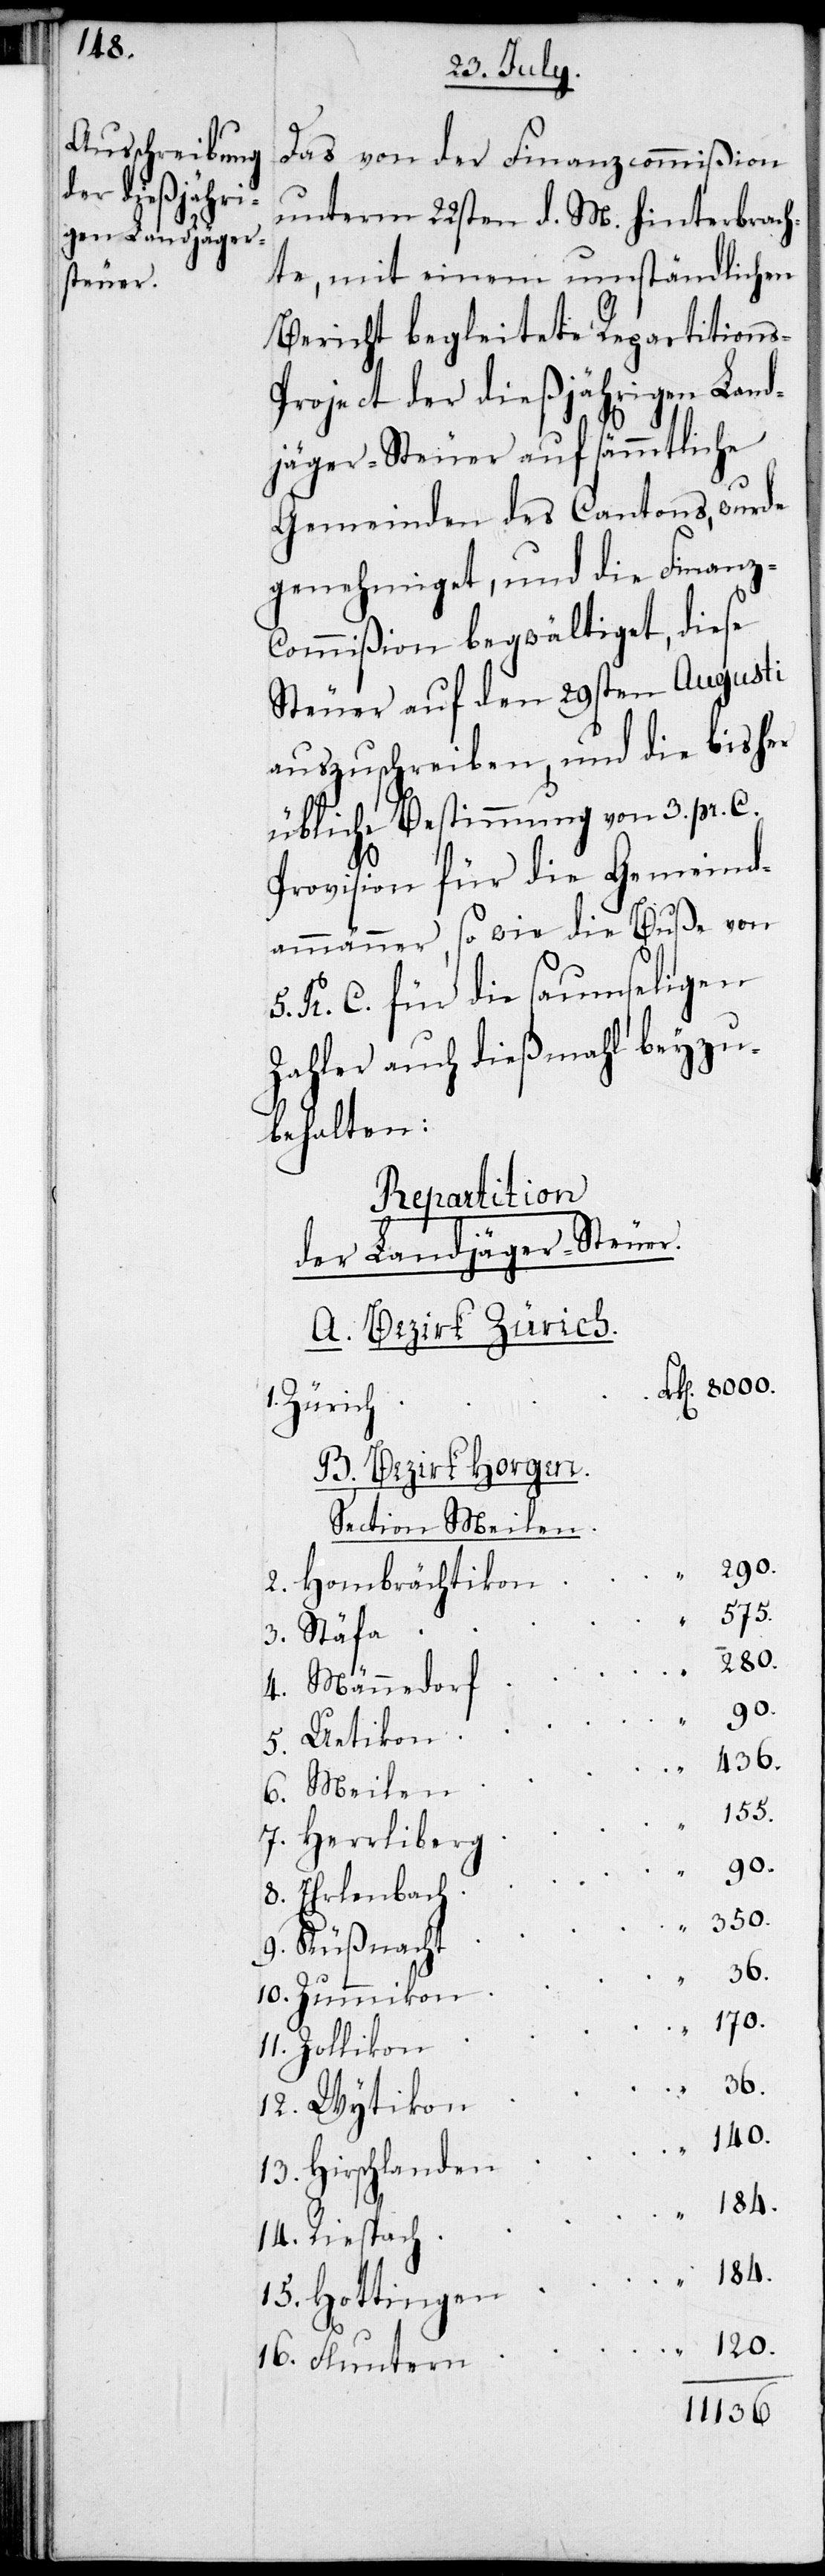
120.

Das von der Finanzcommißion
unterm 22sten d.M. hinterbrach¬
te, mit einem umständlichen
Bericht begleitete Repartitions-P¬
roject der diesjährigen Land¬
jäger-Steuer auf sämmtliche
Gemeinden des Cantons, wurde
genehmiget, und die Finanz-C¬
ommißion begwältiget, diese
Steuer auf den 29sten Augusti
auszuschreiben, und die bisher
übliche Bestimmung von 3 pr. K.
Provision für die Gemeind¬
ammänner, so wie die Buße von
5 pr. K. für die saumseligen
Zahler auch diesmahl beyzu¬
behalten:
Repartition
der Landjäger-Steuer.
A. Bezirk Zürich
Zürich
B. Bezirk Horgen
Section Meilen.
90.
12.
Hombrechtikon
280.
Männedorf
Meilen
184.
Herrliberg
9.
Ehrlenbach
Küßnacht
16.
170.
Zollikon
Wytikon
140.
Hirschlanden
Fluntern
11136